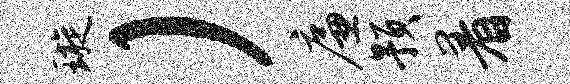
璇）廉预着